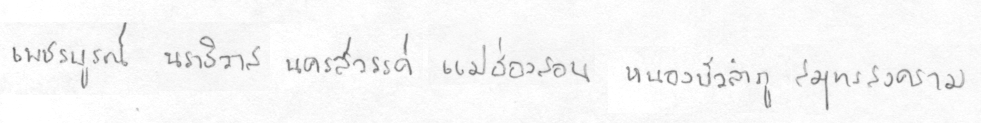
เพชรบรูณ์นราธิวาสนครสววรรค์แม่ฮ่องสอนหนองบัวลำภูสมุทรสงคราม